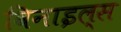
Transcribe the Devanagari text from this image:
विनाइल्स